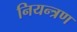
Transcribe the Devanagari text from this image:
नियन्‍त्रण